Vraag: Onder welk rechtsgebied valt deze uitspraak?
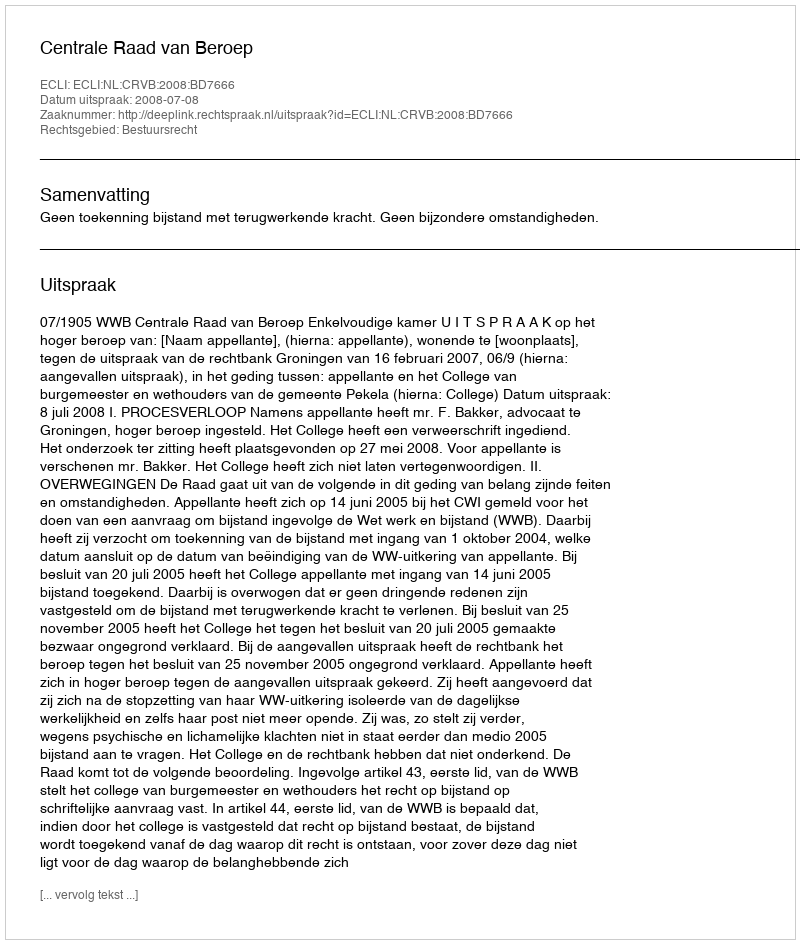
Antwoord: Bestuursrecht